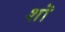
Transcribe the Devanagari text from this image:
शॊ